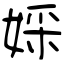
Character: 婇